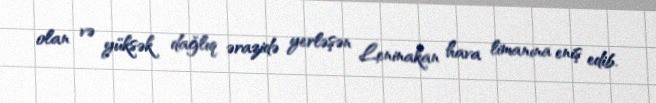
olan və yüksək dağlıq ərazidə yerləşən Leninakan hava limanına eniş edib.